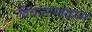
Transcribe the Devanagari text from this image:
विचारल्यावरून